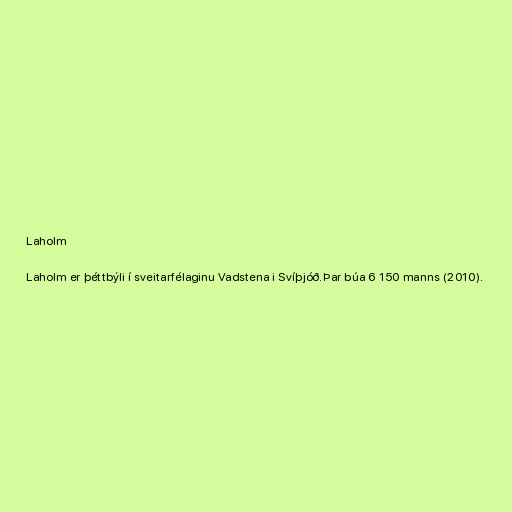
Laholm

Laholm er þéttbýli í sveitarfélaginu Vadstena i Svíþjóð.Þar búa 6 150 manns (2010).